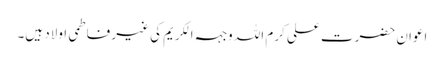
اعوان حضرت علی کرم اللہ وجہہ الکریم کی غیر فاطمی اولاد ہیں۔